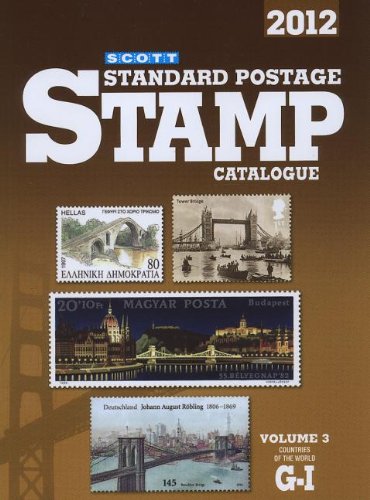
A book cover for Scott Standard Postage Stamp Catalogue, Volume 3: Countries of the World G-I (Scott Standard Postage Stamp Catalogue: Vol.3: Countries of the World G-I); Crafts, Hobbies & Home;